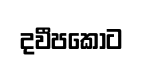
දවීපකොට